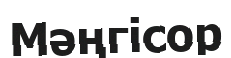
Мәңгісор